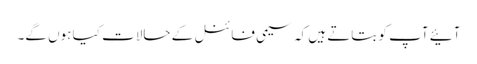
آئیے آپ کو بتاتے ہیں کہ سیمی فائنل کے حالات کیا ہوں گے۔